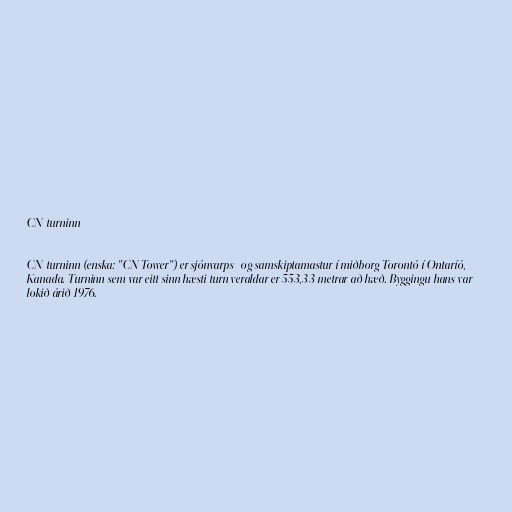
CN-turninn

CN-turninn (enska: "CN Tower") er sjónvarps- og samskiptamastur í miðborg Torontó í Ontaríó,
Kanada. Turninn sem var eitt sinn hæsti turn veraldar er 553,33 metrar að hæð. Byggingu hans var
lokið árið 1976.